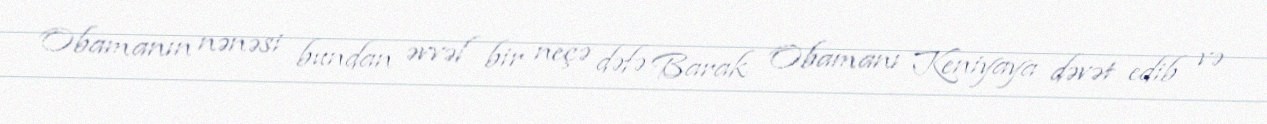
Obamanın nənəsi bundan əvvəl bir neçə dəfə Barak Obamanı Keniyaya dəvət edib və